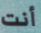
أنت